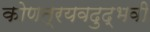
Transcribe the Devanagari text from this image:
कोणत्रयवदुद्भवी